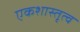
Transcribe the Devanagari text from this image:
एकशास्तृत्व